Riigikantselei, lk 46
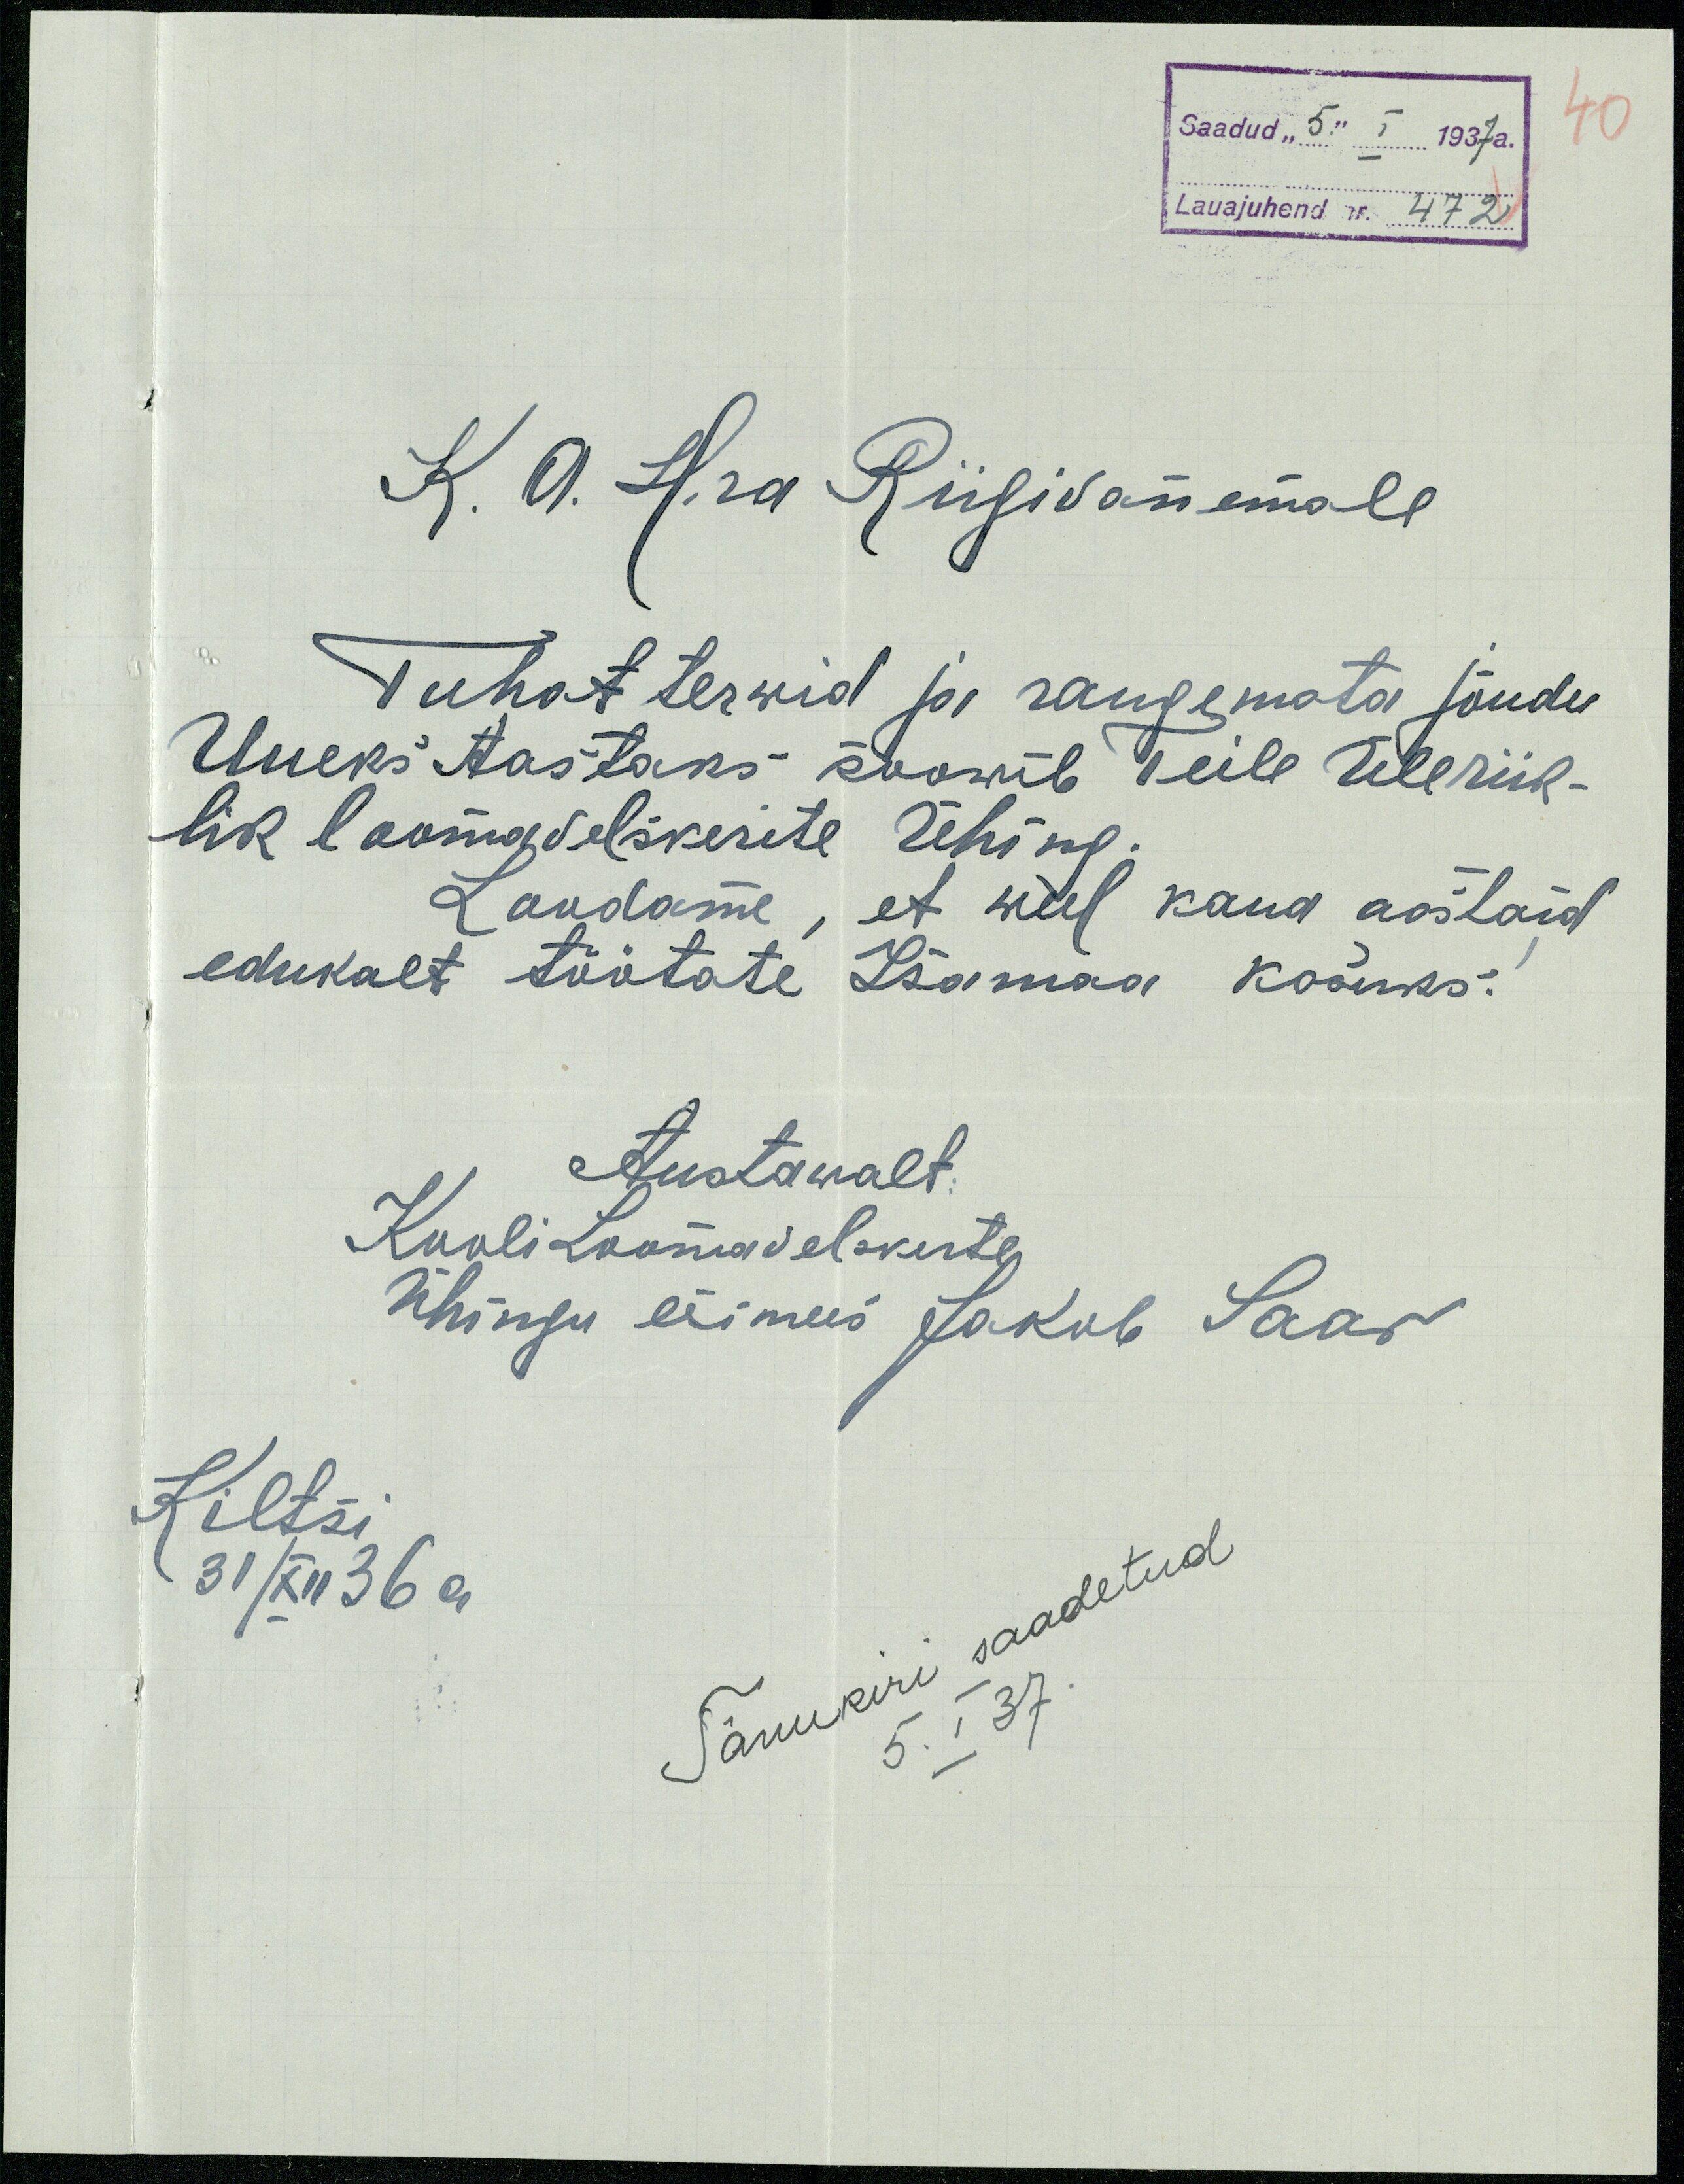
40
Saadud "5" I 1937 a.
Lauajuhend nr. 472
K. A. H.ra Riigivanemale
Tuhat terwid ja raugemata jõudu
Uueks Aastaks soowib Teile Üleriik-
lik loomavelskerite Ühing
Loodame, et weel kaua aastaid
edukalt töötate Isamaa kasuks.
Austawalt:
Kooli Loomavelskerte
Ühingu esimees Jakob Saar
Kiltsi
Tänukiri saatetud
31/XII 36 a
5. I 37.